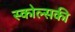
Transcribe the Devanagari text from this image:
स्कोल्सकी